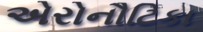
એરોનૌટિકા